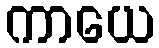
ကာယေ